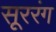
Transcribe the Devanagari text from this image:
सूररंग